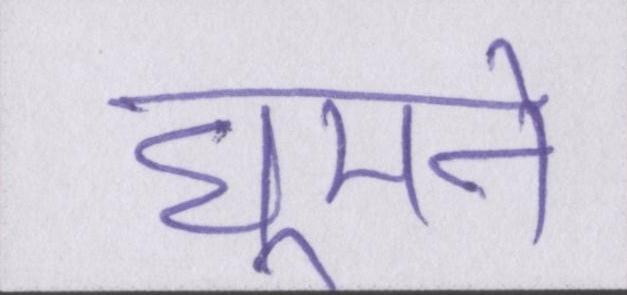
घूमने